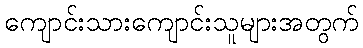
ကျောင်းသားကျောင်းသူများအတွက်